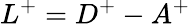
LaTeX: L^{+}=D^{+}-A^{+}